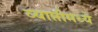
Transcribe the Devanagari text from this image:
व्याप्तीमध्ये